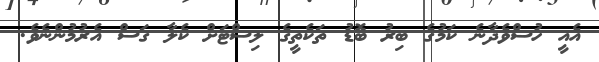
އެއީ ހުސްވެދާނެ ކަމުގެ ބިރު ބޮޑު ތަކެތީގެ ލިސްޓަށް ކެލާ ގަސް އެރުމުންނެވެ.